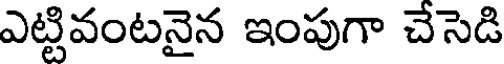
ఎట్టివంటనైన ఇంపుగా చేసెడి